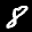
Label: 8